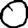
Digit: 0